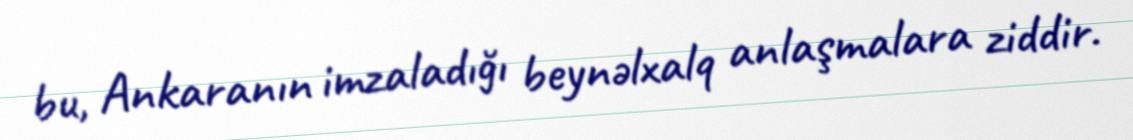
bu, Ankaranın imzaladığı beynəlxalq anlaşmalara ziddir.